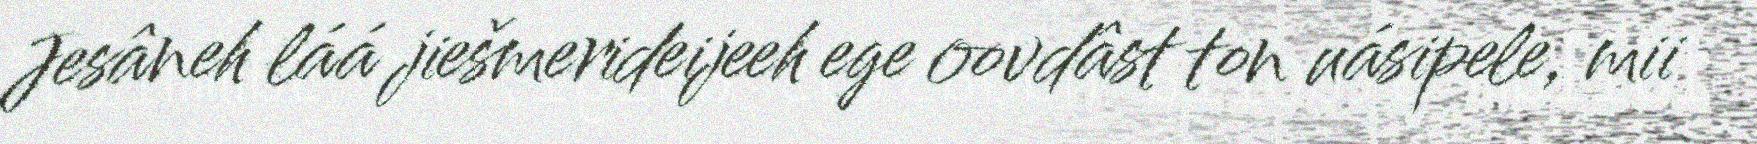
Jesâneh láá jiešmerideijeeh ege oovdâst ton uásipele, mii